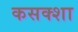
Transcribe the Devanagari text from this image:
कसक्शा